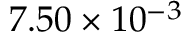
7 . 5 0 \times 1 0 ^ { - 3 }